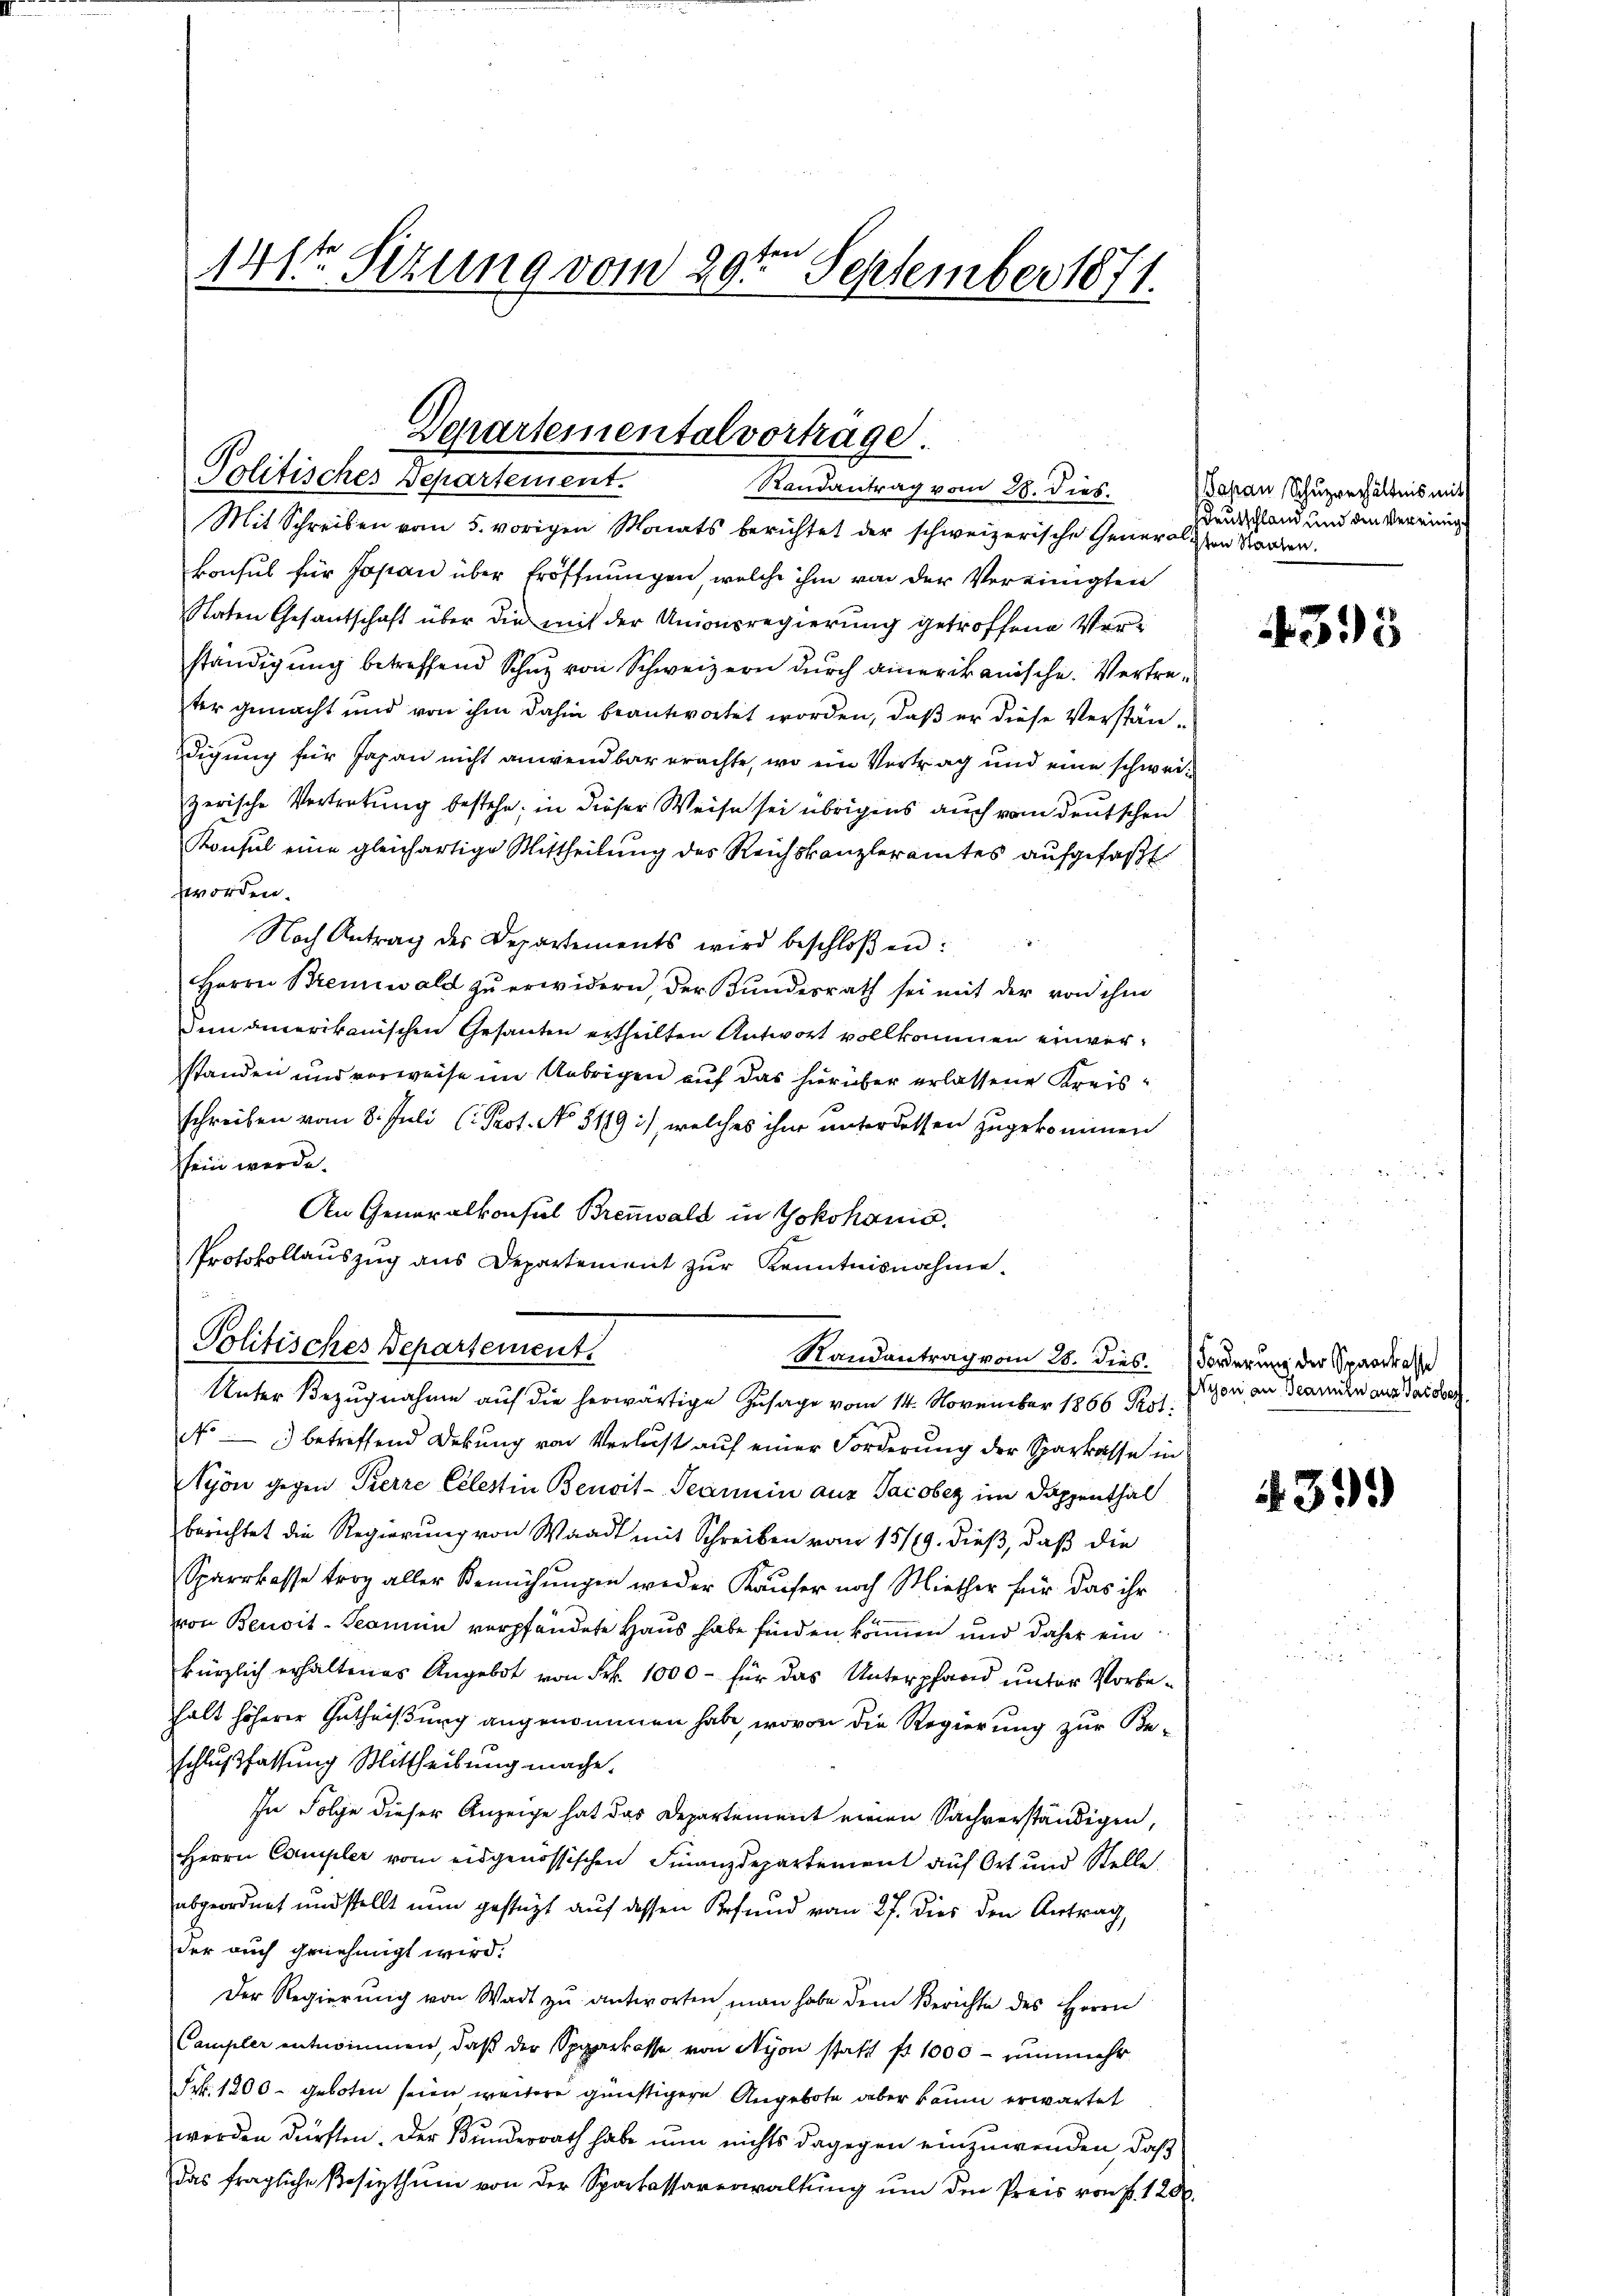
141ten Sizung vom 29te͇n September 1871.

Departementalvortrage.
Politisches Departement.
Randantrag vom 28. dies.

Mit Schreiben vom 5. vorigen Monats berichtet der schweizerische Generalien Sarden.
konsul für Japan über Eröffnungen, welche ihm von der Vereinigten
Staten Gesantschaft über die mit der Unionsregierung getroffene Verständigŭng betreffend Schuz von Schweizern durch ainerikanische Vertreter gemacht und von ihm dahin beantwortet worden, daß er diese Verständigung für Japan nicht anwendbar erachte, wo ein Vertrag und eine schweizerische Vertretung bestehe; in dieser Weise sei übrigens auch vom deutschen
Konsul eine gleichartige Mittheilung des Reichskanzleramtes aufgefaßt
worden.
Nach Antrag des Departements wird beschloßen:
Herrn Brennwald zŭ erwidern der Bundesrath sei mit der von ihm
Den amerikanischen Gesanten ertheilten Antwort vollkommen einverstanden und vorweise im Uebrigen auf das hierüber erlassene Kreisschreiben vom 8. Juli (: Prof. No 519), welches ihre unterdessen zugekommen
i
sein werde.
An Generalkonsul Brenwald in Yokohanis
Unter Bezugnahme auf die herwärtige Zusage vom 14. November 1866 Kol
No — 3) betreffend Dekung von Verlust auf einer Forderung der Sparkasse in
Nyon gegen Pierre Ellestin Benoit-Peannin aus Jacober im Doppenthal
berichtet die Regierung von Waadt mit Schreiben vom 15/19. dieß, daß die
Sparkasse trag aller Bemühungen weder Käufer noch Miether für das ihr
von Benoit-Samin verpfändete Haus habe finden können und daher ein
kürzlich erhaltenes Angebot von Frk. 1000 - für das Unterpfand unter Vorbehalt höherer Gutheißung angenommen habe, wovon die Regierung zur Beschlußfassung Mittheilung mache.
In Folge dieser Anzeige hat das Departement einen Sachverständigen,
Herrn Compler vom eidgenössischen Finanzdepartement auf Ort und Stelle
abgeordnet und stellt nun gestüzt auf dessen Befund vom 27. Dies den Antrag,
der auch genehmigt wird.
Der Regierung von Wadt zu antworten man habe dem Berichte des Herrn
Campler entnommen, daß der Sparkasse von Nyon statt fr. 1000 - nunmehr
Frk. 1200 - geboten seien weitere günstigere Angebote aber kaum erwartet
werden dürften. Der Bunderrath habe nun nichts dagegen einzuwenden, daß
das fragliche Besizthum von der Sparkassaverwaltung um den Preis von f. 128.

Protokollauszug aus Departement zur Kenntnisnahme
Politisches Departement.

Randantrag vom 28. dies Forderung der Sparkasse

apan, Schuzverhältnis mit
Deutschland und den Vereinig

4395

Nyon an Beamten aus Jacober

39.)